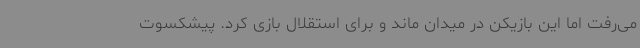
می‌رفت اما این بازیکن در میدان ماند و برای استقلال بازی کرد. پیشکسوت